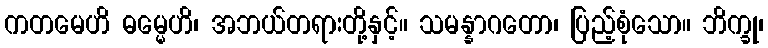
ကတမေဟိ ဓမ္မေဟိ၊ အဘယ်တရားတို့နှင့်။ သမန္နာဂတော၊ ပြည့်စုံသော။ ဘိက္ခု၊